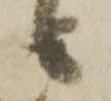
も